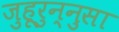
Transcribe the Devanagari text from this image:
जुहूरुन्नुसा